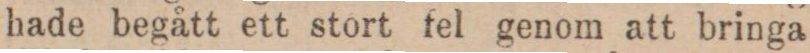
hade begått ett stort fel genom att bringa